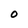
Character: O